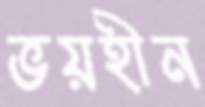
ভয়হীন